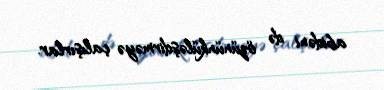
abidəni də özününküləşdirməyə çalışırlar.